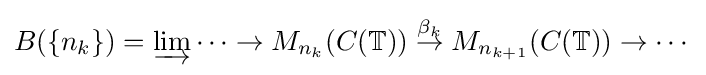
B(\{n_{k}\})=\varinjlim \cdots \rightarrow M_{n_{k}}(C(\mathbb {T} ))\;{\stackrel {\beta _{k}}{\rightarrow }}\;M_{n_{k+1}}(C(\mathbb {T} ))\rightarrow \cdots